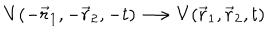
LaTeX: V ( - \vec { r } _ { 1 } , - \vec { r } _ { 2 } , - t ) \longrightarrow V ( \vec { r } _ { 1 } , \vec { r } _ { 2 } , t )